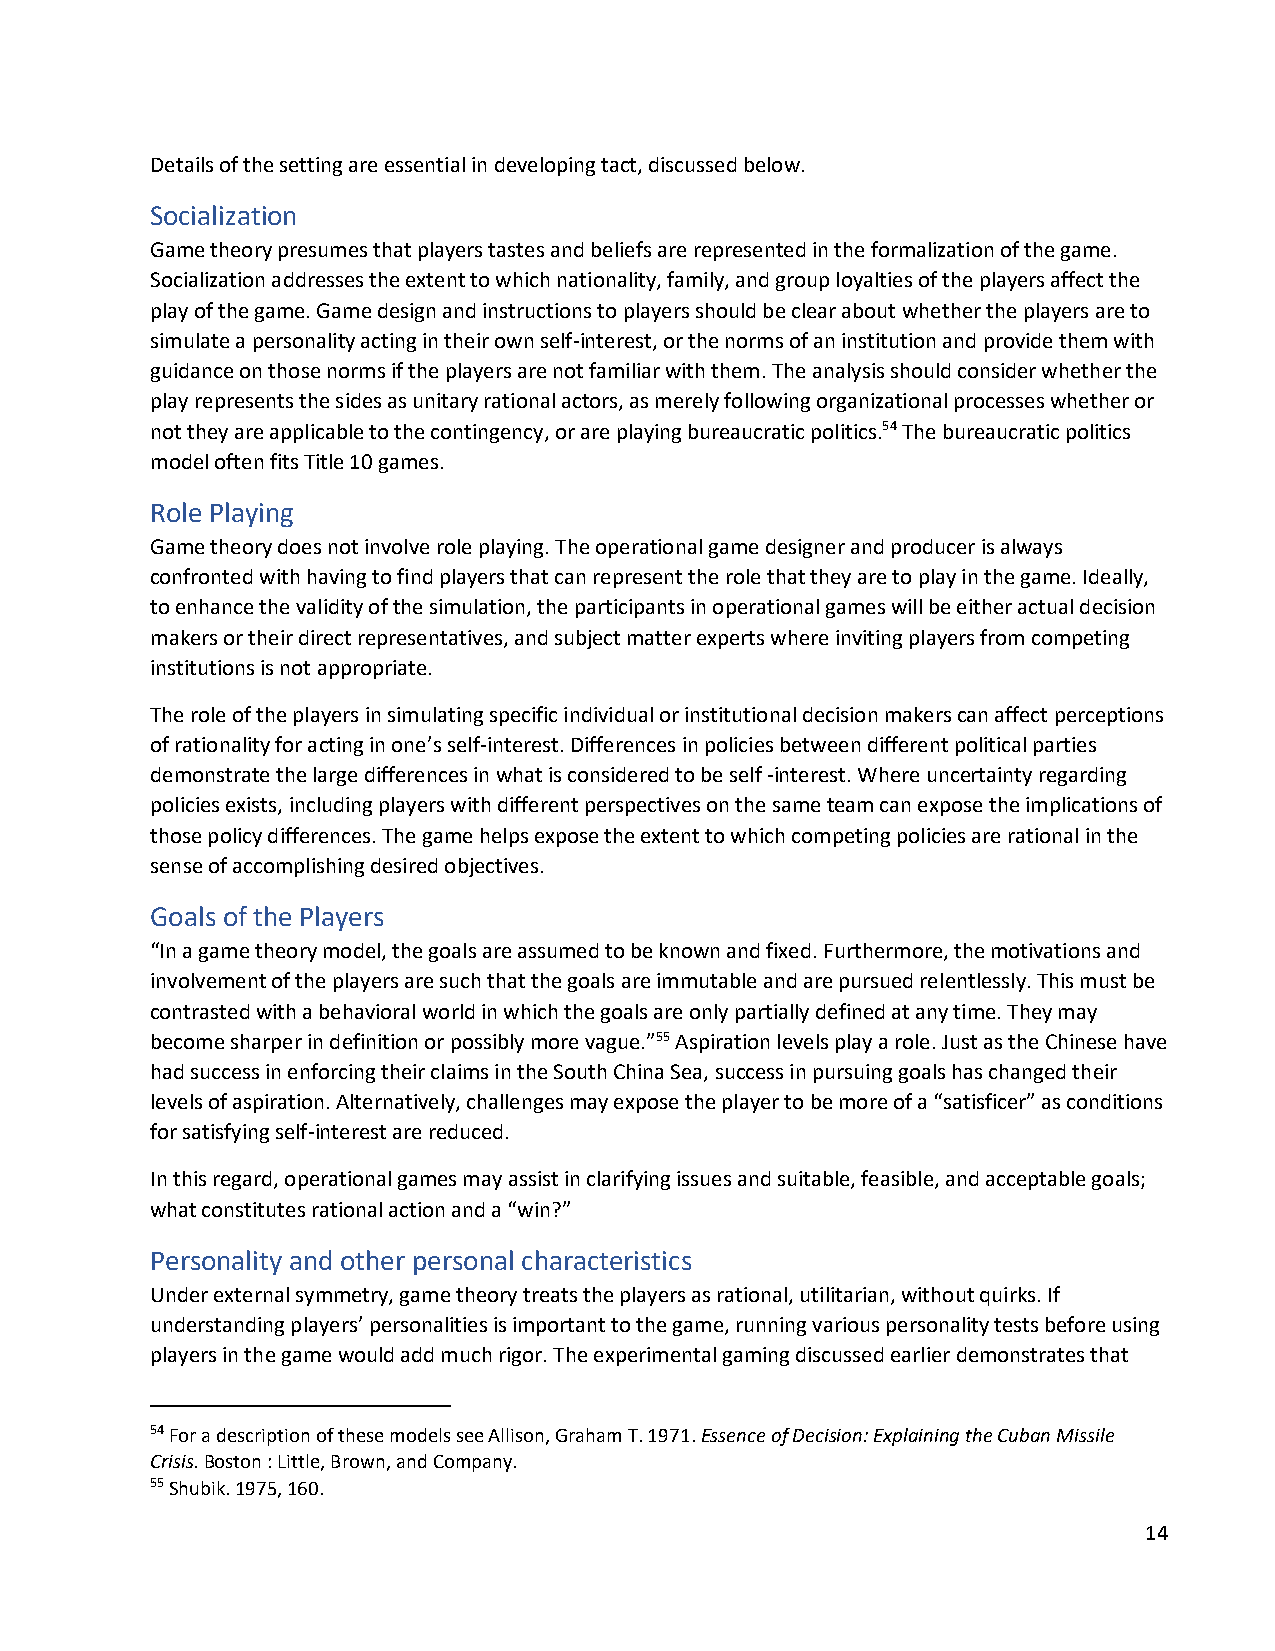
Details of the setting are essential in developing tact, discussed below.
 Socialization
 Game theory presumes that players tastes and beliefs are represented in the formalization of the game.
 Socialization addresses the extent to which nationality, family, and group loyalties of the players affect the
 play of the game. Game design and instructions to players should be clear about whether the players are to
 simulate a personality acting in their own self-interest, or the norms of an institution and provide them with
 guidance on those norms if the players are not familiar with them. The analysis should consider whether the
 play represents the sides as unitary rational actors, as merely following organizational processes whether or
 not they are applicable to the contingency, or are playing bureaucratic politics.54 The bureaucratic politics
 model often fits Title 10 games.
 Role Playing
 Game theory does not involve role playing. The operational game designer and producer is always
 confronted with having to find players that can represent the role that they are to play in the game. Ideally,
 to enhance the validity of the simulation, the participants in operational games will be either actual decision
 makers or their direct representatives, and subject matter experts where inviting players from competing
 institutions is not appropriate.
 The role of the players in simulating specific individual or institutional decision makers can affect perceptions
 of rationality for acting in one’s self-interest. Differences in policies between different political parties
 demonstrate the large differences in what is considered to be self -interest. Where uncertainty regarding
 policies exists, including players with different perspectives on the same team can expose the implications of
 those policy differences. The game helps expose the extent to which competing policies are rational in the
 sense of accomplishing desired objectives.
 Goals of the Players
 “In a game theory model, the goals are assumed to be known and fixed. Furthermore, the motivations and
 involvement of the players are such that the goals are immutable and are pursued relentlessly. This must be
 contrasted with a behavioral world in which the goals are only partially defined at any time. They may
 become sharper in definition or possibly more vague.”55 Aspiration levels play a role. Just as the Chinese have
 had success in enforcing their claims in the South China Sea, success in pursuing goals has changed their
 levels of aspiration. Alternatively, challenges may expose the player to be more of a “satisficer” as conditions
 for satisfying self-interest are reduced.
 In this regard, operational games may assist in clarifying issues and suitable, feasible, and acceptable goals;
 what constitutes rational action and a “win?”
 Personality and other personal characteristics
 Under external symmetry, game theory treats the players as rational, utilitarian, without quirks. If
 understanding players’ personalities is important to the game, running various personality tests before using
 players in the game would add much rigor. The experimental gaming discussed earlier demonstrates that
 54 For a description of these models see Allison, Graham T. 1971. Essence of Decision: Explaining the Cuban Missile
 Crisis. Boston : Little, Brown, and Company.
 55 Shubik. 1975, 160.
 14